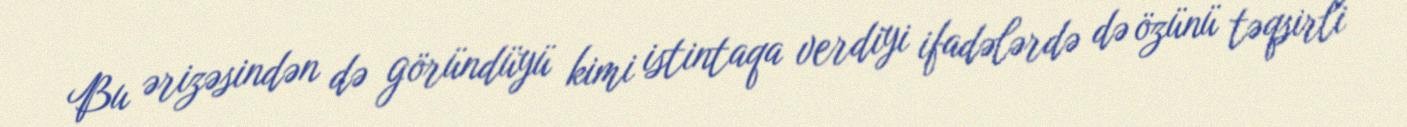
Bu ərizəsindən də göründüyü kimi istintaqa verdiyi ifadələrdə də özünü təqsirli